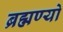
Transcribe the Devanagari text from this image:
ब्रह्मण्यो